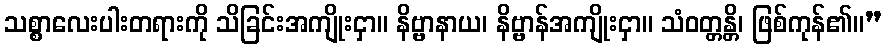
သစ္စာလေးပါးတရားကို သိခြင်းအကျိုးငှာ။ နိဗ္ဗာနာယ၊ နိဗ္ဗာန်အကျိုးငှာ။ သံဝတ္တန္တိ၊ ဖြစ်ကုန်၏။”